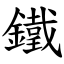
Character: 鐵